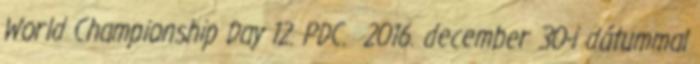
World Championship Day 12. PDC. 2016. december 30-i dátummal